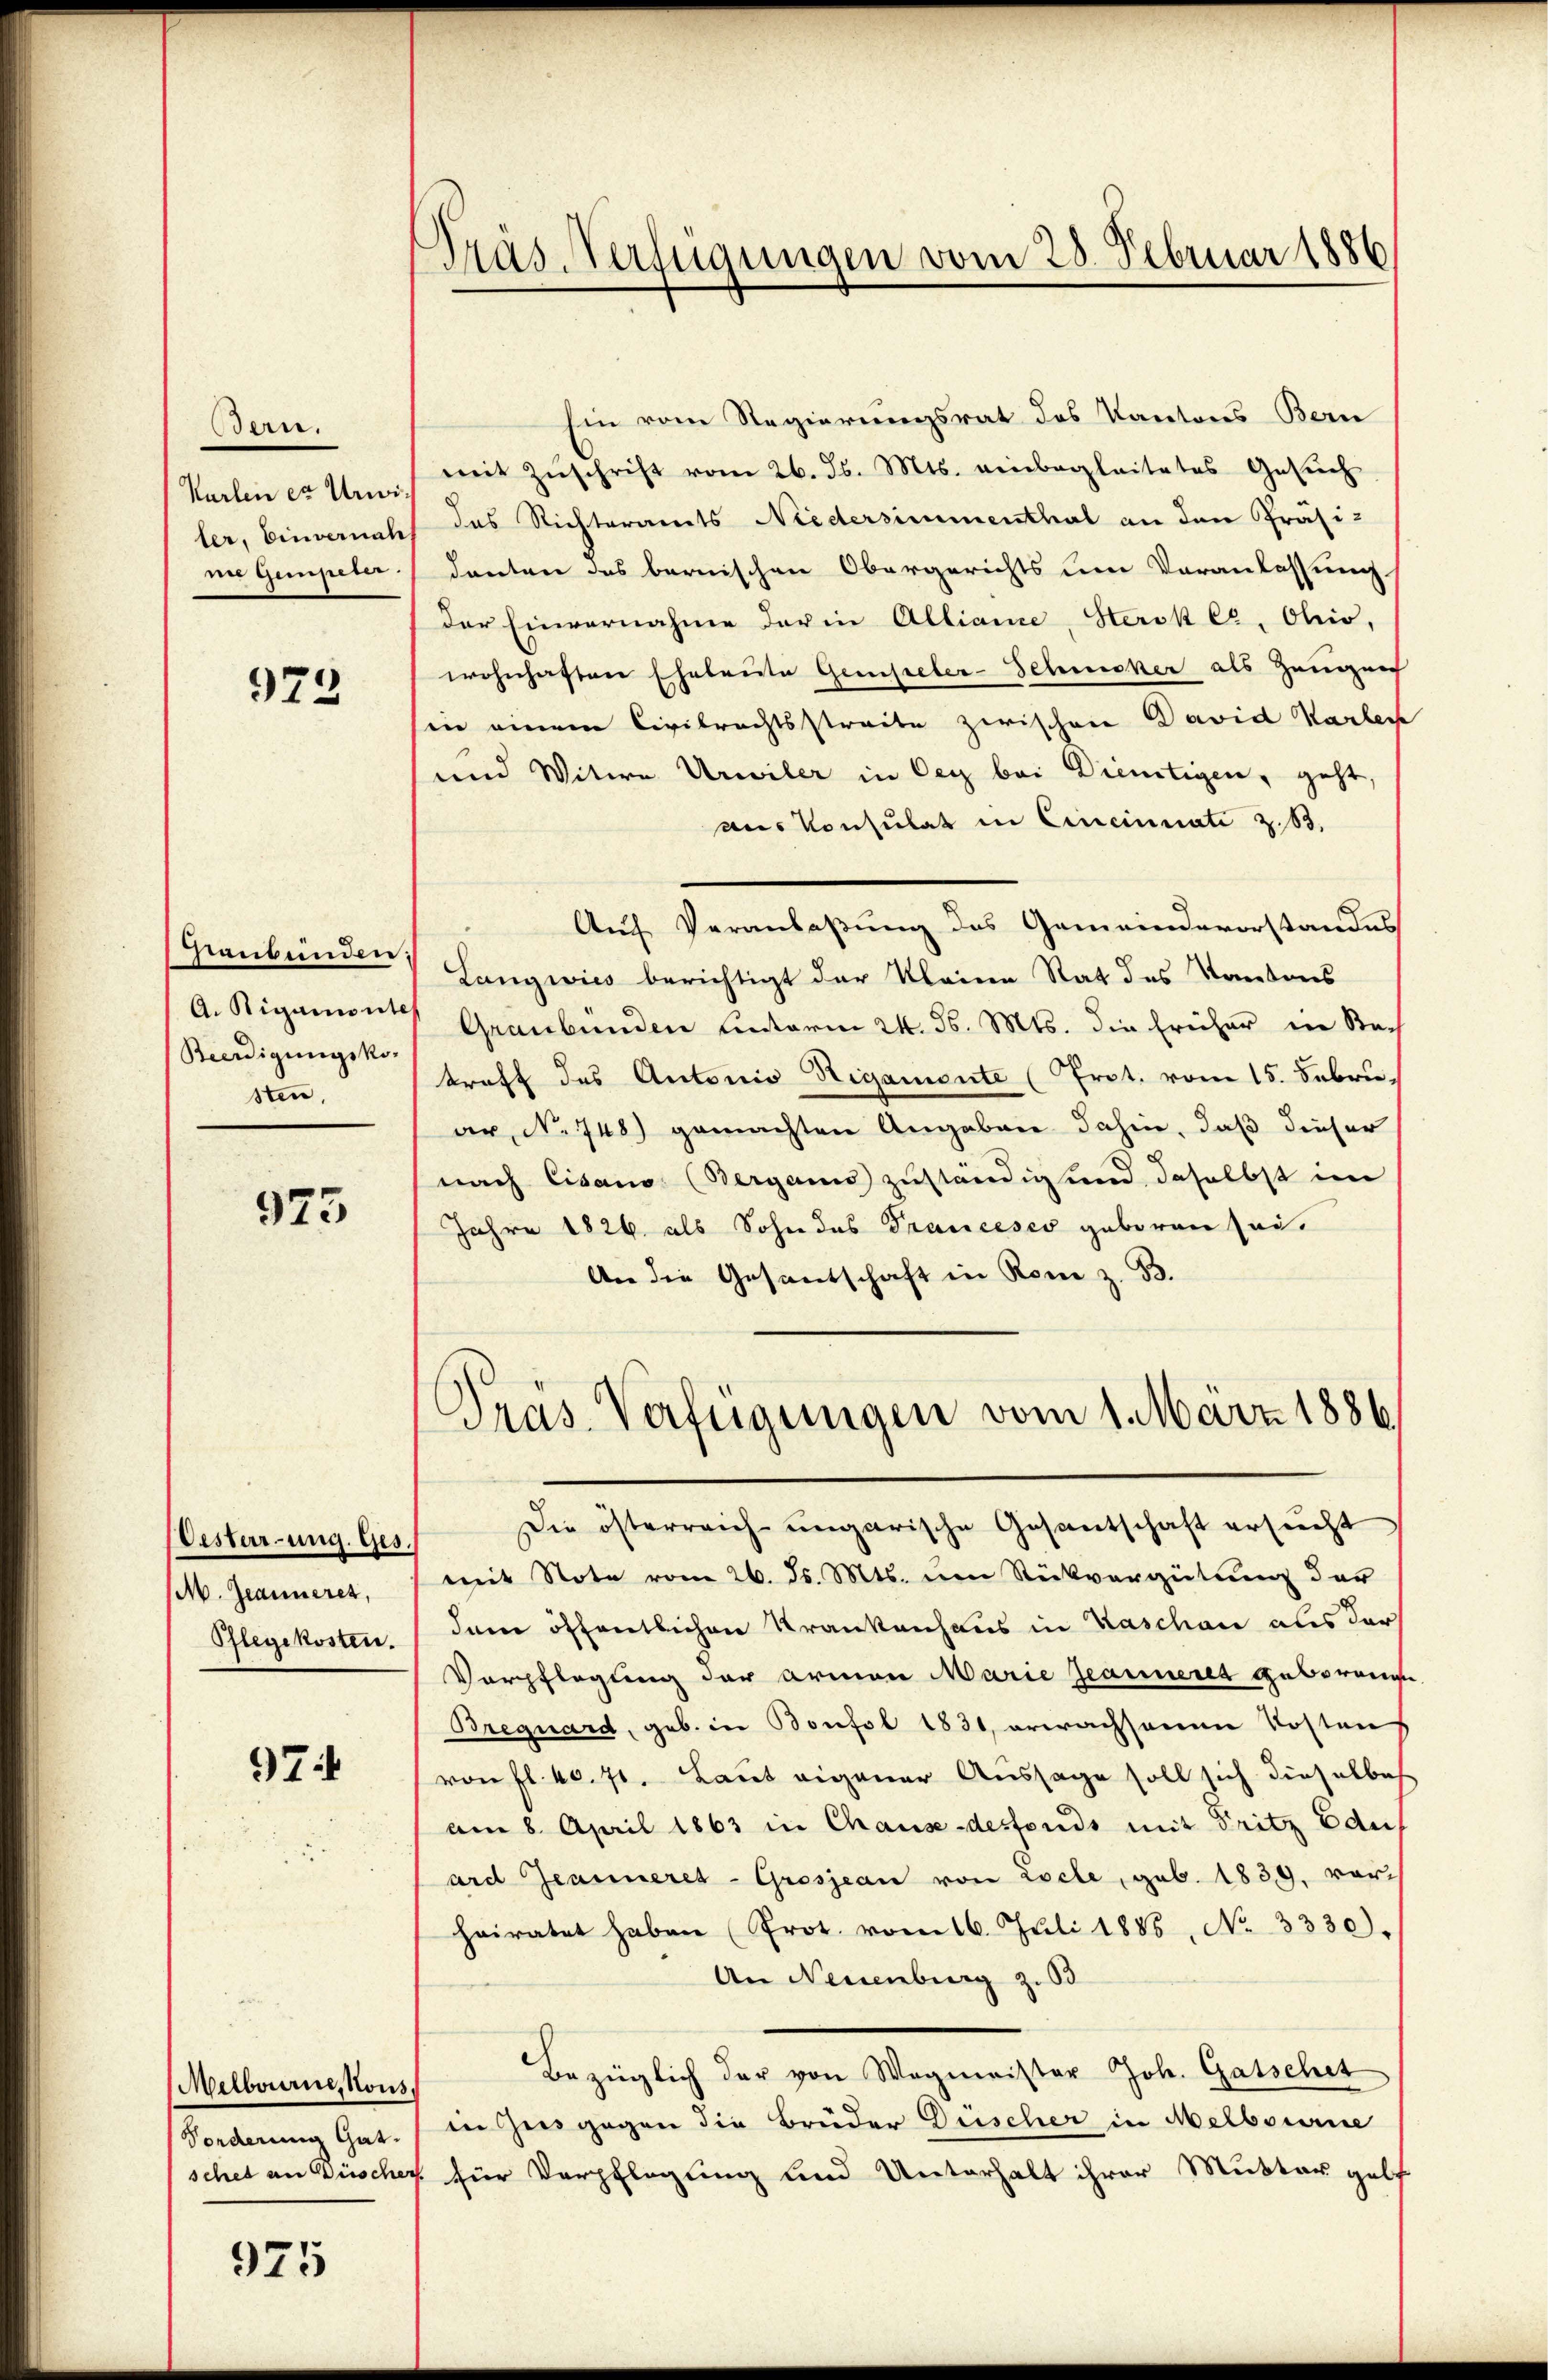
ee.
Karten er Unwi
ler, Einvernah
ne Gempeler

973

saubenden
A. Rigamonte
Beerdigungskosten,

973

Oesterung. Ges.,
M. Jeanneres,
Pflegekosten.

97

Melbourne, Nous.
Fonderung Gat

975

Gras Verfügungen vom 25. Februar 1886

Ein vom Regierungsrat des Kantons Bern
mit Zŭschrift vom 26. d. Mts. einbegleitetes Gesŭch
das Richteramts Niedersimmenthal an den Präsi-
denten des bernischen Obergerichts um Veranlassung.
der Einvernahme der in Alliame, Hersk C, Ohio,
wohnhaften Eheleute Genseler-Schmecker als Zeugen
in einem Civilrechtsstreite zwischen David Karlei
und Witwe Urwiler in Oer bei Dienstigen, geht,
aus Konsulat in Cincinnate z. 83.
Auf Veranlaßung des Gemeindevorstandes
Langwies berichtigt der kleine Rat des Kantons
7 Graubünden unterm 24. d. Mts. die früher in Sta-
troff des Antonio Sigamente (Trat. vom 15. Febru
ar, No 748) gemachten Angaben dahin, daß dieser
nach Cisano (Berganis zuständig und daselbst im
Jahre 1826. als Sohn das Franceses geboren sei.
An die Gesandschaft in Rom z. B.
Präs. Verfügungen vom 1. März 1886.
Die österreich ungarische Gesantschaft ersucht
mit Note vom 26. ds. Mts. um Rückvergütung der
dem öffentlichen Krankenhaus in Kaschau aus der
Verpflegung der Armen Marie Jeanneret geborenge
Brequard, geb. in Bonfsl 1831, erwachsenen Kosten
von fl. 40. 71. Laut eigener Aussage soll sich dieselbes
am 8. April 1863 in Chause-desfonds mit Fritz Edu
ard Jeanneres-Grosjean von Locle, geb. 1839, vorheiratet haben (Prot. vom 16. Juli 1885, No 3330).
An Neuenburg z. 63
Bezüglich der von Wagmeister Joh. Gatschet
in Zus gegen die Brüder Drischer in Melbourne
schet an Büscher für Verpflegung und Unterhalt ihrer Mutter Helf